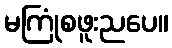
မကြုံစဖူးညပေ။